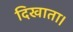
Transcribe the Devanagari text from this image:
दिखाता।